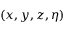
( x , y , z , \eta )